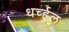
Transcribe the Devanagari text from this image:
धर्च्हुल